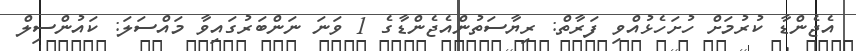
އެޖެންޑާ ކުރުމަށް ހުށަހެޅުއްވި ފަރާތް: ރިޔާސަތުންއެޖެންޑާގެ 1 ވަނަ ނަންބަރުގައިވާ މައްސަލަ: ކައުންސިލް